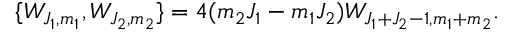
\{ W _ { J _ { 1 } , m _ { 1 } } , W _ { J _ { 2 } , m _ { 2 } } \} = 4 ( m _ { 2 } J _ { 1 } - m _ { 1 } J _ { 2 } ) W _ { J _ { 1 } + J _ { 2 } - 1 , m _ { 1 } + m _ { 2 } } .